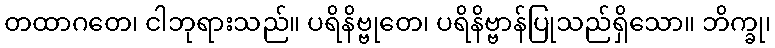
တထာဂတေ၊ ငါဘုရားသည်။ ပရိနိဗ္ဗုတေ၊ ပရိနိဗ္ဗာန်ပြုသည်ရှိသော။ ဘိက္ခု၊